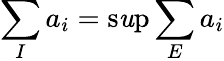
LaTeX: \sum_{I}a_{i}=\operatorname*{s\mathit{u}p}\sum_{E}a_{i}